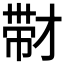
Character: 𰏚